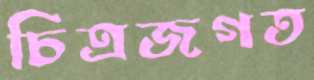
চিত্রজগত